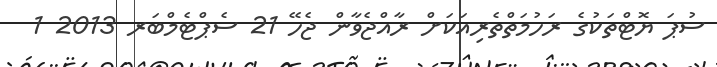
ސުޕަ ޔޮޓްތަކުގެ ރަހުމަތްތެރިއަކަށް ރާއްޖެވާން ޖެހޭ 21 ސެޕްޓެމްބަރ 2013 1